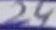
Text: 24